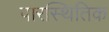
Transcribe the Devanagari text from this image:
पारस्थितिक